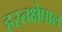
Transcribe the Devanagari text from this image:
हस्तक्षेपाल